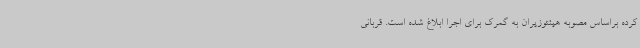
کرده براساس مصوبه هیئتوزیران به گمرک برای اجرا ابلاغ شده است. قربانی